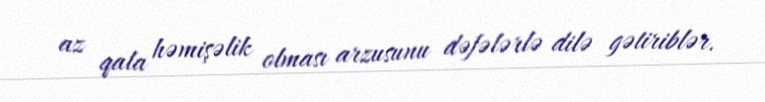
az qala həmişəlik olması arzusunu dəfələrlə dilə gətiriblər.